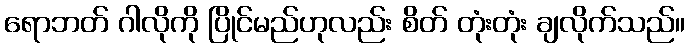
ရောဘတ် ဂါလိုကို ပြိုင်မည်ဟုလည်း စိတ် တုံးတုံး ချလိုက်သည်။